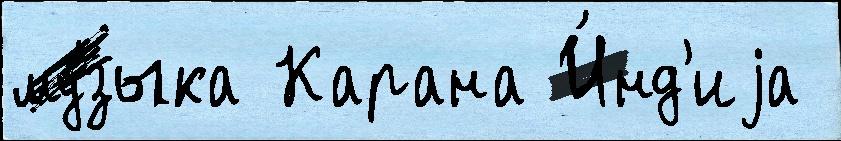
му́зыка Карана И́нд'иjа